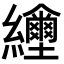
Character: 𦇲